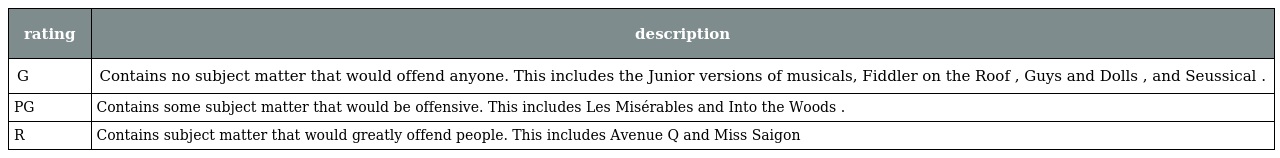
| rating | description |
 | --- | --- |
 | G | Contains no subject matter that would offend anyone. This includes the Junior versions of musicals, Fiddler on the Roof , Guys and Dolls , and Seussical . |
 | PG | Contains some subject matter that would be offensive. This includes Les Misérables and Into the Woods . |
 | R | Contains subject matter that would greatly offend people. This includes Avenue Q and Miss Saigon |